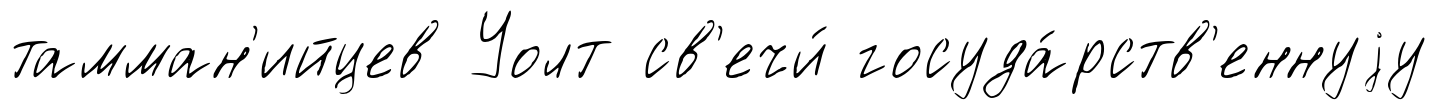
тамман'ийцев Уолт св'ечи́ госуда́рств'еннуjу